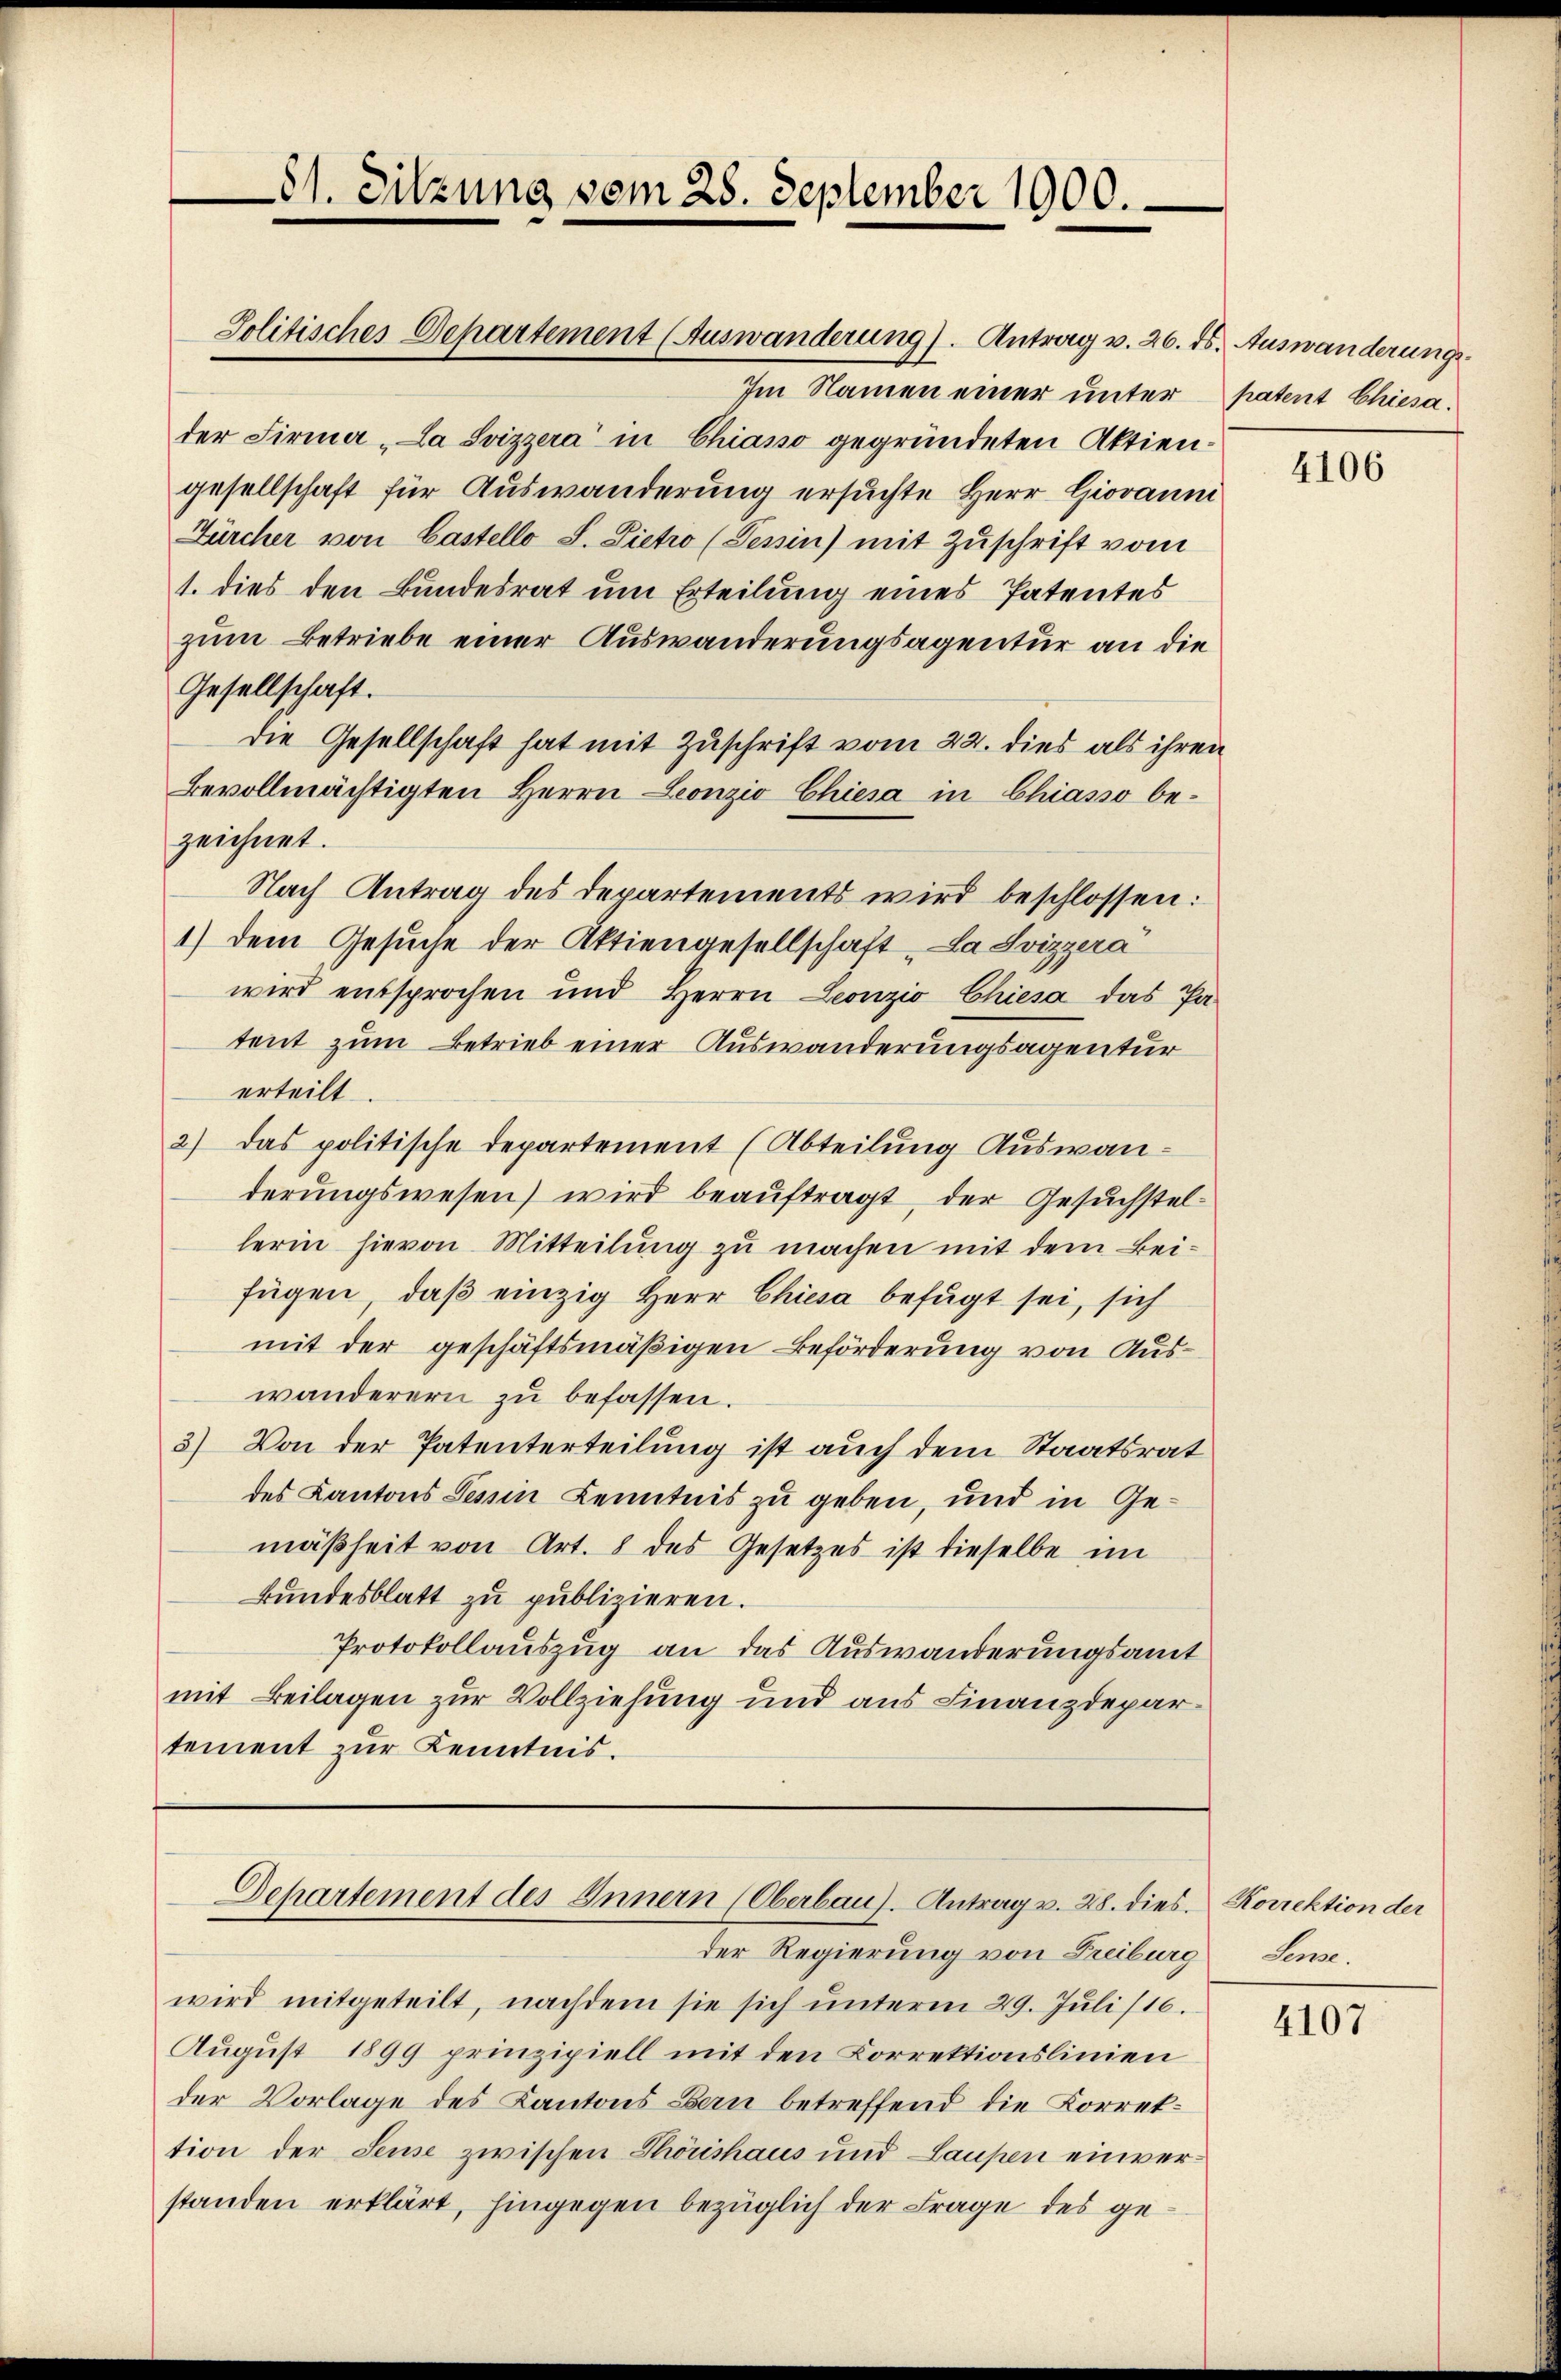
81. Sitzung vom 25. September 1900.

Politisches Departement (Auswanderung). Antrag v. 26. ds.

Im Namen einer unter
der Firma „La Svizzera“ in Chiasso gegründeten Aktien-
gesellschaft für Auswanderung ersuchte Herr Giovanni
Zürcher von Castello S. Dietro (Tessin mit Zŭschrift vom
1. dies den Bundesrat um Erteilung eines Patentes
zum Betriebe einer Auswanderungsagentur an die
Gesellschaft.
die Gesellschaft hat mit Zuschrift vom 22. dies als ihren
Bevollmächtigten Herrn Leonzio Chiesa in Chiasso bezeichnet.
Nach Antrag des Departements wird beschlossen:
1) dem Gesuche der Aktiengesellschaft „La Svizzera
wird entsprochen und Herrn Leonzio Chiesa das Pa-
tent zum Betrieb einer Auswanderungsagentur
erteilt.
2) das politische Departement (Abteilung Auswanderungswesen) wird beauftragt, der Gesuchstellerin hievon Mitteilung zu machen mit dem Beifügen, daß einzig Herr Chiesa befugt sei, sich
mit der geschäftsmäßigen Beförderung von Auswanderern zŭ befassen.
3) Von der Patenterteilung ist auch dem Staatsrat
des Kantons Tessin Kenntnis zu geben, und in Gemäßheit von Art. 8 des Gesetzes ist dieselbe im
Bundesblatt zu publizieren.
Protokollauszug an das Auswanderungsamt
mit Beilagen zur Vollziehung und aus Finanzdepartement zur Kenntnis.

wird mitgeteilt, nachdem sie sich ŭnterm 29. Jŭli /16.
August 1899 prinzipiell mit den Korrektionslinien
der Vorlage des Kantons Bern betreffend die Korrektion der Seuse zwischen Phönishaus und Laupen einverstanden erklärt, hingegen bezüglich der Frage des ge¬

Departement des Innern (Oberbau). Antrag v. 28. dies

der Regierung von Freiburg

Auswanderungs-
patent Chiesa.

4106

Korrektion der
Lene.

4107